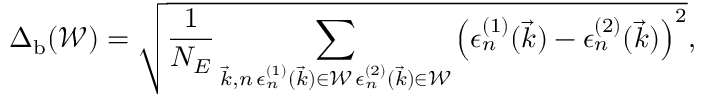
\Delta _ { \mathrm { b } } ( \mathcal { W } ) = \sqrt { \frac { 1 } { N _ { E } } \sum _ { \substack { \vec { k } , n \, \epsilon _ { n } ^ { ( 1 ) } ( \vec { k } ) \in \mathcal { W } \, \epsilon _ { n } ^ { ( 2 ) } ( \vec { k } ) \in \mathcal { W } } } \left( \epsilon _ { n } ^ { ( 1 ) } ( \vec { k } ) - \epsilon _ { n } ^ { ( 2 ) } ( \vec { k } ) \right) ^ { 2 } } ,